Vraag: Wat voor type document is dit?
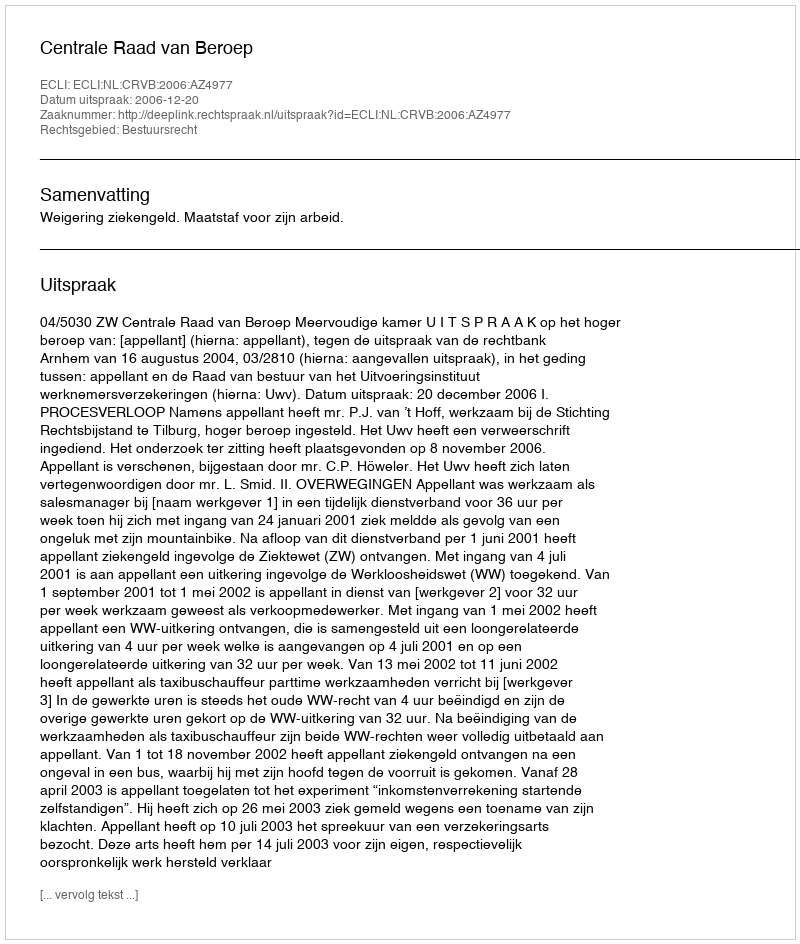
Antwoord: Uitspraak